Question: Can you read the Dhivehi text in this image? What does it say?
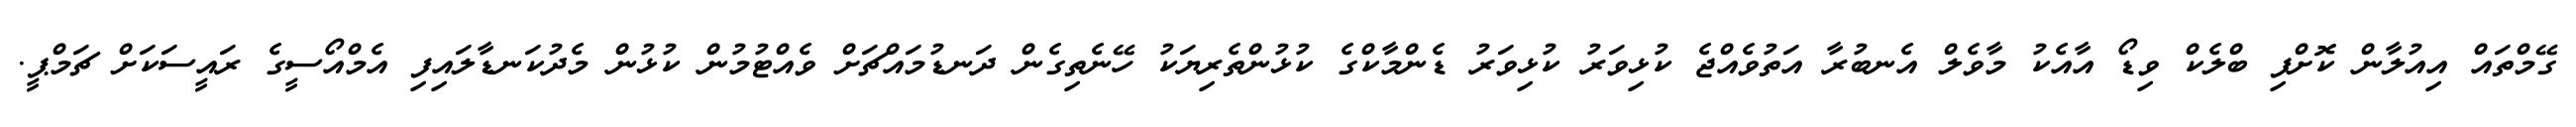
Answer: ގޭމްތައް އިއުލާން ކޮށްފި ބްލެކް ވިޑޯ އާއެކު މާވެލް އެނބުރާ އަތުވެއްޖެ ކުޅިވަރު ކުޅިވަރު ޑެންމާކްގެ ކުޅުންތެރިޔަކު ހޭނެތިގެން ދަނޑުމައްޗަށް ވެއްޓުމުން ކުޅުން މެދުކަނޑާލައިފި އެމްއޯސީގެ ރައީސަކަށް ޗަމްޕީ.